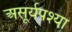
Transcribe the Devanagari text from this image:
असूर्यपश्या